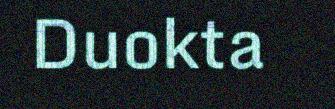
Duokta